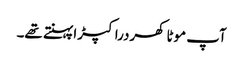
آپ موٹا کھردرا کپڑا پہنتے تھے۔